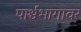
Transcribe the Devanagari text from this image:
पार्श्वभागावर